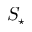
S _ { \star }